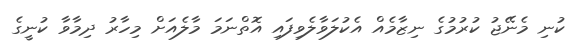
ކުނި މެނޭޖު ކުރުމުގެ ނިޒާމެއް އެކުލަވާލެވިފައި އޮތްނަމަ މާލެއަށް މިހާރު ދިމާވާ ކުނީގެ